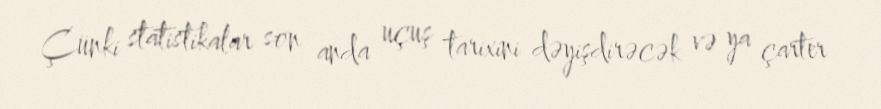
Çünki statistikalar son anda uçuş tarixini dəyişdirəcək və ya çarter